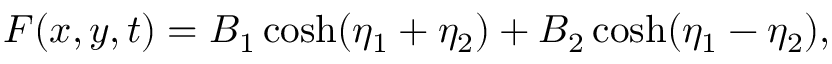
F ( x , y , t ) = B _ { 1 } \cosh ( \eta _ { 1 } + \eta _ { 2 } ) + B _ { 2 } \cosh ( \eta _ { 1 } - \eta _ { 2 } ) ,